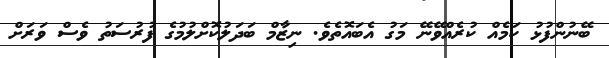
ބޭނުންފުޅު ކަމެއް ކުރެއްވޭނޭ މަގު އެބައޮތެވެ. ނިޒާމް ބަދަލުކޮށްލުމުގެ ފުރުސަތު ވެސް ވަރަށް